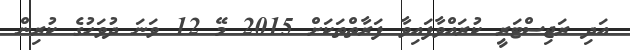
އަދި ރަޖިސްޓަރީ ކުރައްވާފައިވާ ފަރާތްތަކަށްް 2015 މޭ 12 ވަނަ ދުވަހުގެ ކުރިން